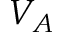
V _ { A }